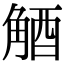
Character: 𧣮